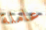
عاملة